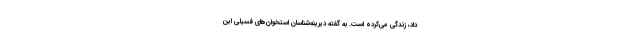
داد، زندگی می‌کرده است. به گفته دیرینه‌شناسان استخوان‌های فسیلی این